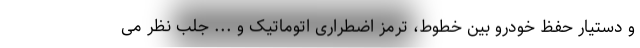
و دستیار حفظ خودرو بین خطوط، ترمز اضطراری اتوماتیک و ... جلب نظر می